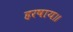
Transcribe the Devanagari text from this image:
हरषाय॥